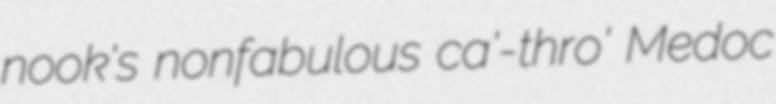
nook's nonfabulous ca'-thro' Medoc